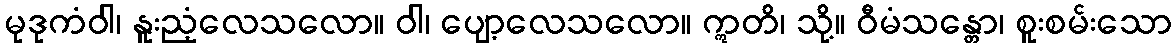
မုဒုကံဝါ၊ နူးညံ့လေသလော။ ဝါ၊ ပျော့လေသလော။ ဣတိ၊ သို့။ ဝီမံသန္တော၊ စူးစမ်းသော